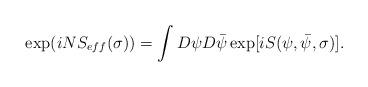
LaTeX: \begin{align*}\exp(i N S_{eff}( \sigma) ) = \int D\psi D\bar{\psi} \exp[ i S( \psi, \bar{\psi}, \sigma )].\end{align*}